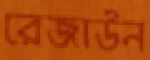
রেজাউন